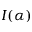
I ( \alpha )